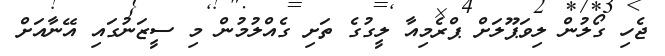
ޖެހި ގޯލުން ލިވަޕޫލަށް ޕްރެމިއާ ލީގުގެ ތަށި ގެއްލުމުން މި ސީޒަނުގައި އޭނާއަށް